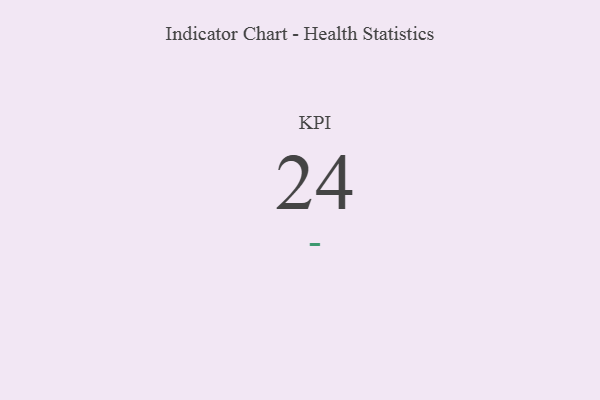
{"axis": {"x": "KPI", "y": "Value"}, "legend": [""], "data": [{"x": "KPI", "y": 24, "type": ""}]}